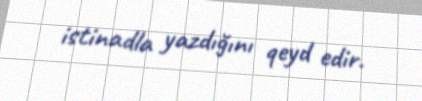
istinadla yazdığını qeyd edir.